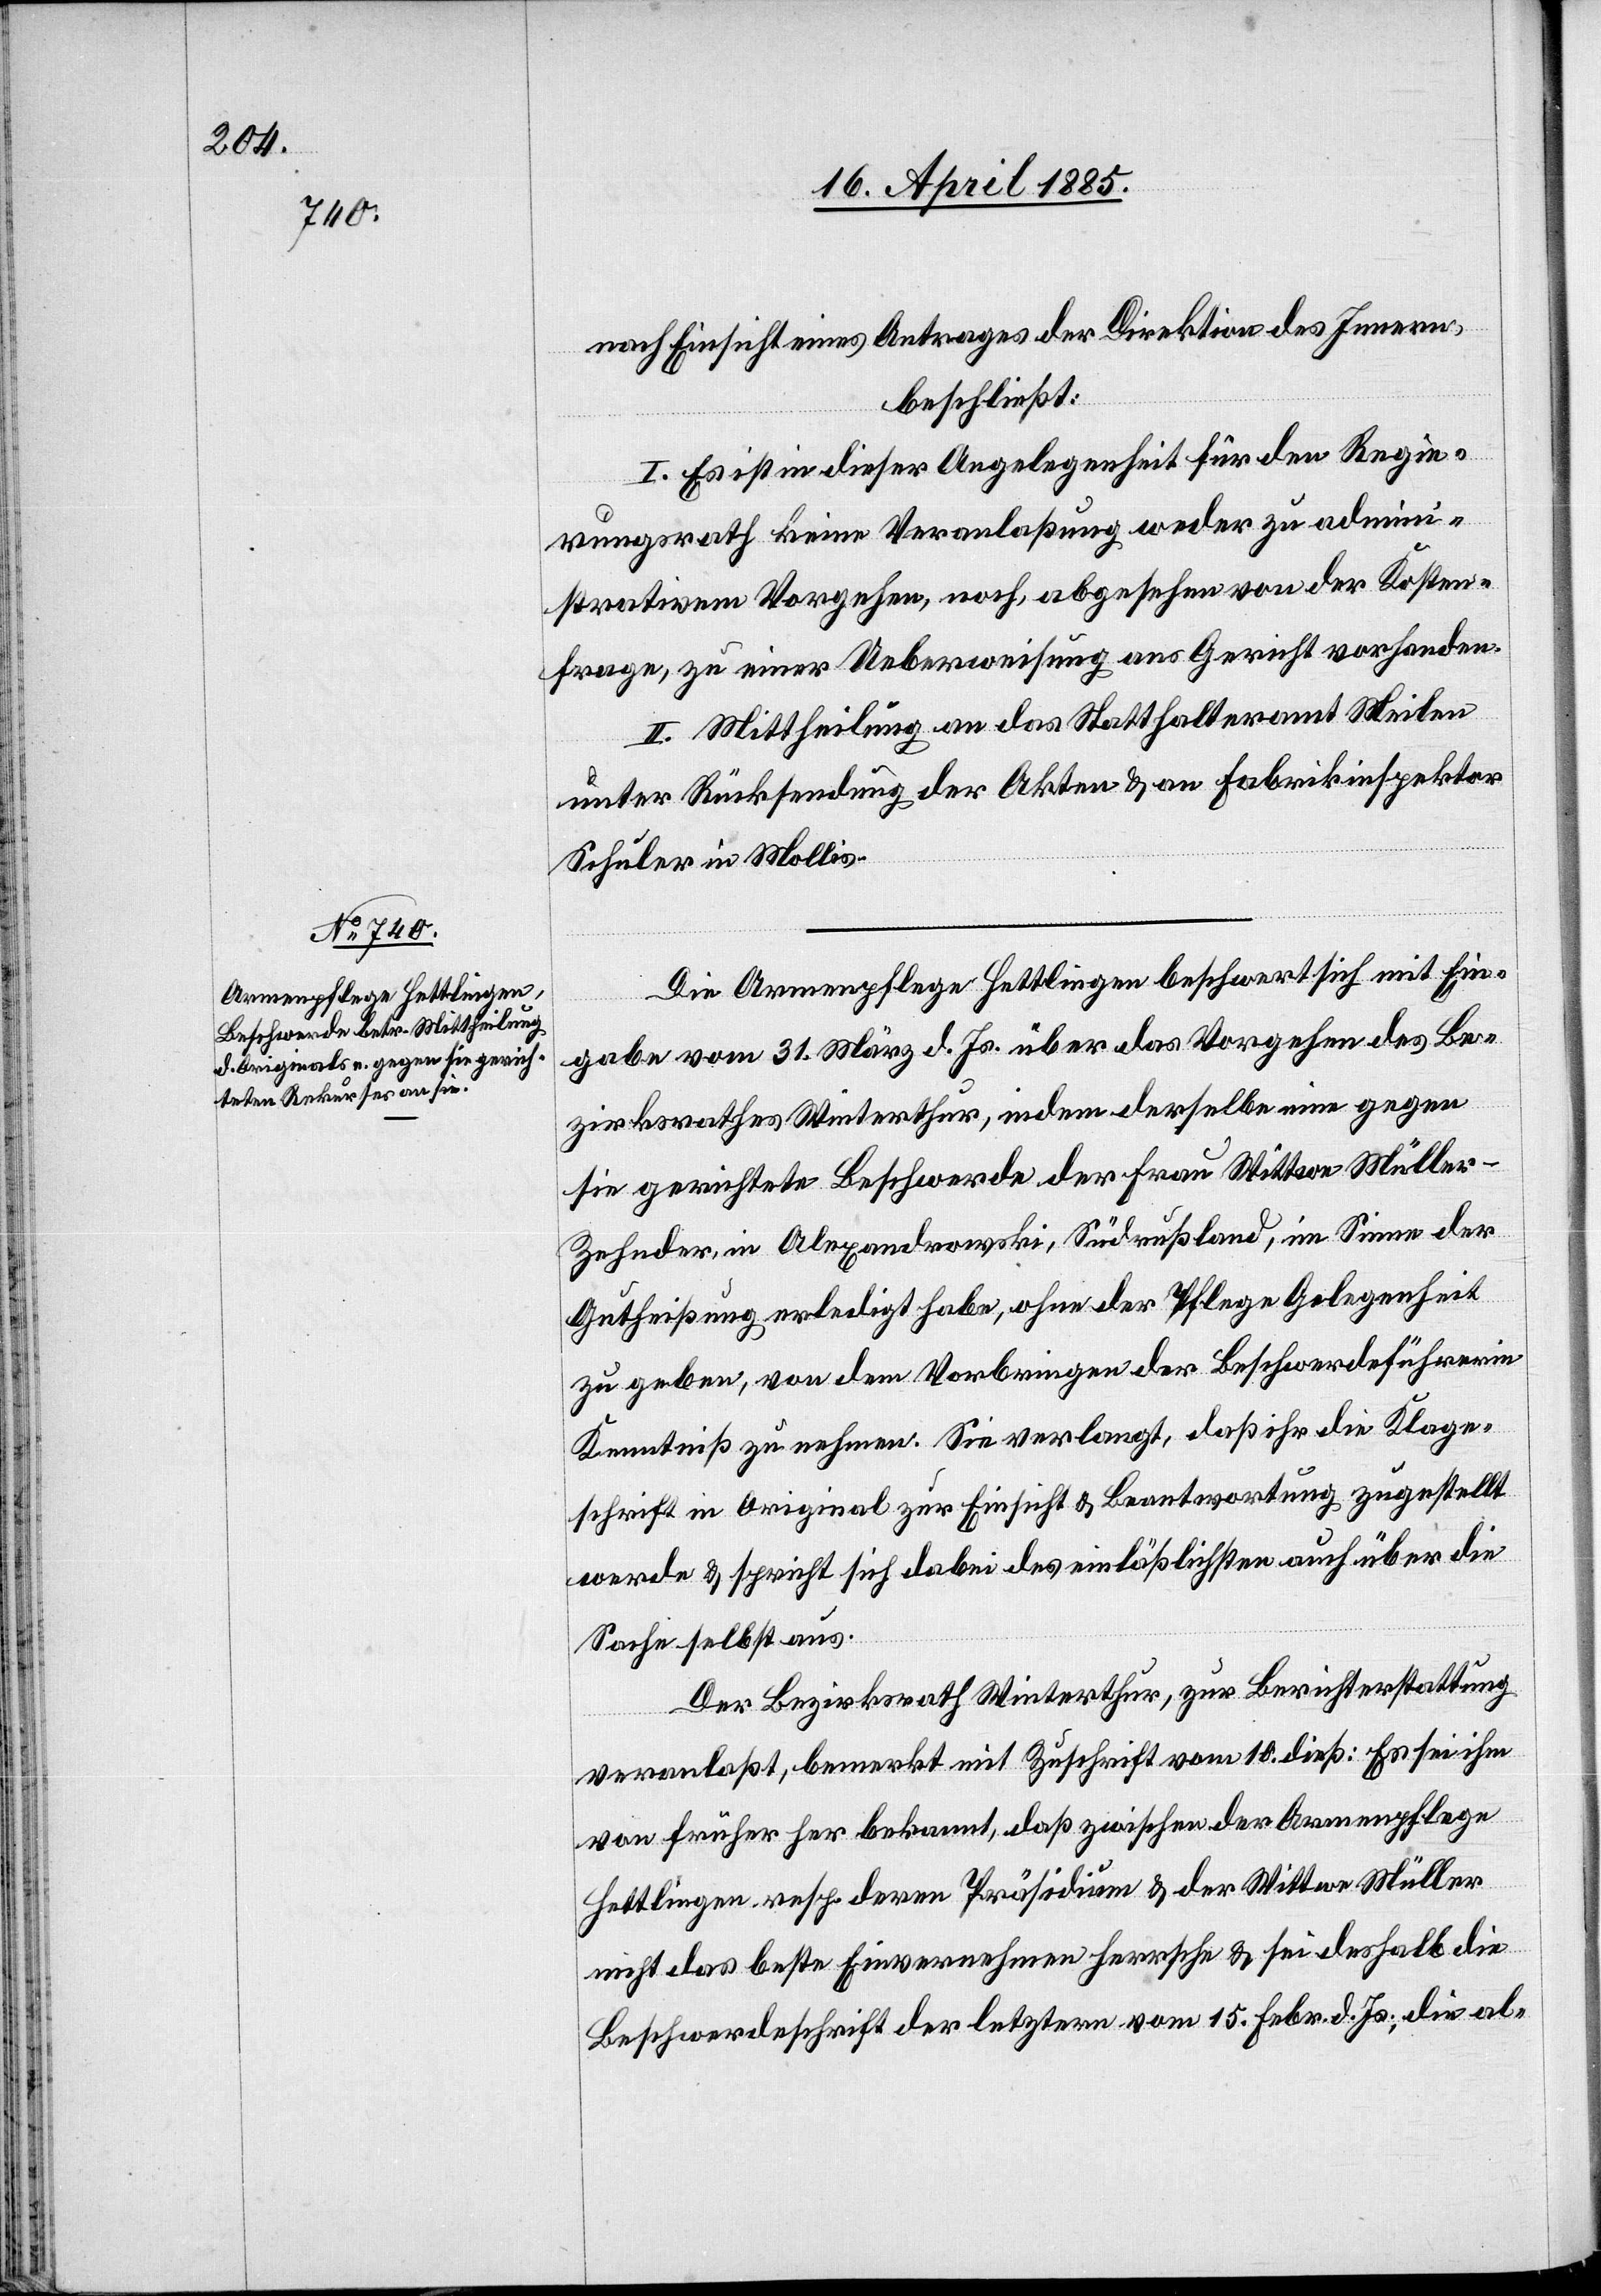
nach Einsicht eines Antrages der Direktion des Innern,
beschließt:
I. Es ist in dieser Angelegenheit für den Regie¬
rungsrath keine Veranlaßung weder zu admini¬
strativem Vorgehen, noch, abgesehen von der Kosten¬
frage, zu einer Ueberweisung ans Gericht vorhanden.
II. Mittheilung an das Statthalteramt Meilen
unter Rücksendung der Akten & an Fabrikinspektor
Schuler in Mollis.
Die Armenpflege Hettlingen beschwert sich mit Ein¬
gabe vom 31. März d. Js über das Vorgehen des Be¬
zirksrathes Winterthur, indem derselbe eine gegen
sie gerichtete Beschwerde der Frau Wittwe Mülle¬
r-Zehnder, in Alexanderowski, Südrußland, im Sinne der
Gutheißung erledigt habe, ohne der Pflege Gelegenheit
zu geben, von dem Vorbringen der Beschwerdeführerin
Kenntniß zu nehmen. Sie verlangt, daß ihr die Klage¬
schrift in Original zur Einsicht & Beantwortung zugestellt
werde & spricht sich dabei des einläßlichsten auch über die
Sache selbst aus.
Der Bezirksrath Winterthur, zur Berichterstattung
veranlaßt, bemerkt mit Zuschrift vom 10. dieß: Es sei ihm
von früher her bekannt, daß zwischen der Armenpflege
Hettlingen resp. deren Präsidium & der Wittwe Müller
nicht das beste Einvernehmen herrsche & sei deshalb die
Beschwerdeschrift der letztern vom 15. Febr. d. Js., die al-